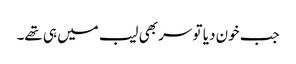
جب خون دیا تو سر بھی لیب میں ہی تھے۔